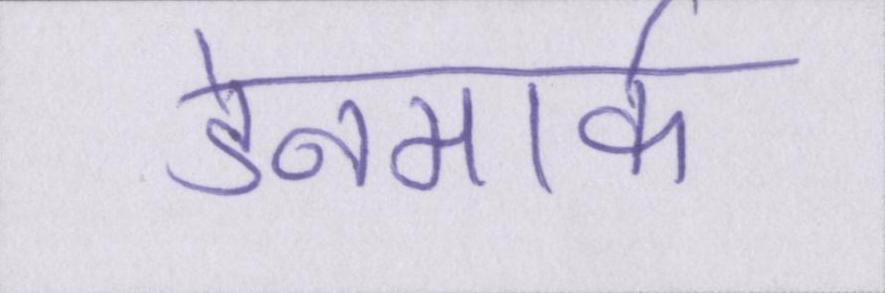
डेनमार्क